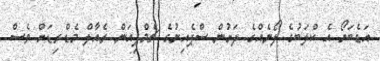
އަޑެބަޔޯ އެ ކްލަބުގެ ލޯނެއްގެ ދަށުން ސްޕެއިނުގެ ޗެމްޕިއަން ރެއާލް މެޑްރިޑަށް ވެސް